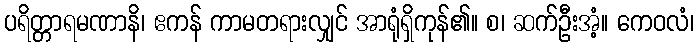
ပရိတ္တာရမဏာနိ၊ ဧကန် ကာမတရားလျှင် အာရုံရှိကုန်၏။ စ၊ ဆက်ဦးအံ့။ ကေဝလံ၊